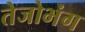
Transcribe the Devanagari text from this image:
तेजोभंग